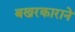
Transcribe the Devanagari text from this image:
बखरकाराने